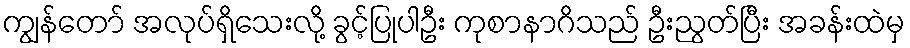
ကျွန်တော် အလုပ်ရှိသေးလို့ ခွင့်ပြုပါဦး ကုစာနာဂိသည် ဦးညွတ်ပြီး အခန်းထဲမှ